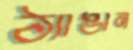
ঠ্যাঙান